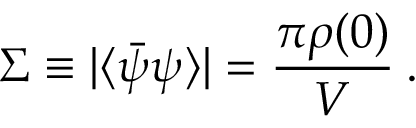
\Sigma \equiv | \langle \bar { \psi } \psi \rangle | = \frac { \pi \rho ( 0 ) } { V } \: .